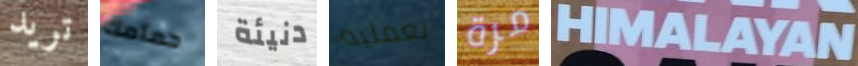
تريد حمامك دنيئة بعملية مرة HIMALAYAN